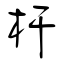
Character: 杆